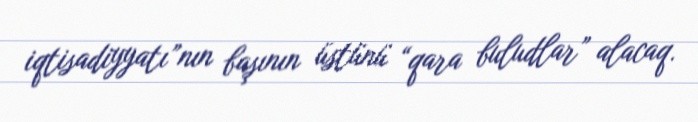
iqtisadiyyatı”nın başının üstünü “qara buludlar” alacaq.